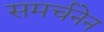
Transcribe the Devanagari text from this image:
समर्चनेन